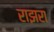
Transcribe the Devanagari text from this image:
राझरा